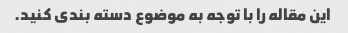
این مقاله را با توجه به موضوع دسته بندی کنید.